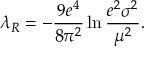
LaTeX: \lambda _ { R } = - \frac { 9 e ^ { 4 } } { 8 \pi ^ { 2 } } \ln \frac { e ^ { 2 } \sigma ^ { 2 } } { \mu ^ { 2 } } .